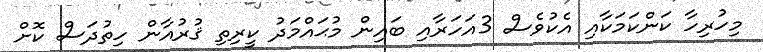
މިހުރިހާ ކަންކަމަކާއި އެކުވެސް 3އަހަރާއި ބައިން މުޙައްމަދު ކީރިތި ޤުރުއާން ހިތުދަސް ކޮށް